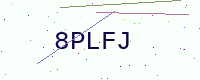
Text: 8PLFJ